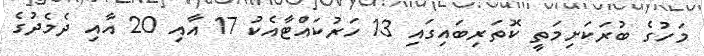
މަހުގެ ބުރަކަށިމަތީ ކޮތަރިބައިގައި 13 ހަރުކައްޓާއެކު 17 އާއި 20 އާއި ދެމެދުގެ